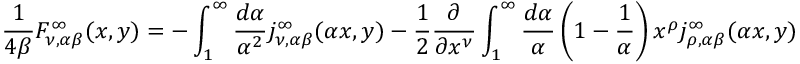
\frac { 1 } { 4 \beta } F _ { \nu , \alpha \beta } ^ { \infty } ( x , y ) = - \int _ { 1 } ^ { \infty } \frac { d \alpha } { \alpha ^ { 2 } } j _ { \nu , \alpha \beta } ^ { \infty } ( \alpha x , y ) - \frac { 1 } { 2 } \frac { \partial } { \partial x ^ { \nu } } \int _ { 1 } ^ { \infty } \frac { d \alpha } { \alpha } \left( 1 - \frac { 1 } { \alpha } \right) x ^ { \rho } j _ { \rho , \alpha \beta } ^ { \infty } ( \alpha x , y )